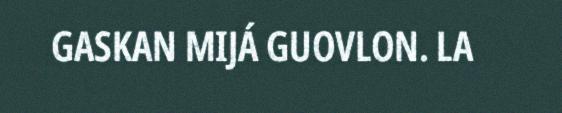
GASKAN MIJÁ GUOVLON. LA